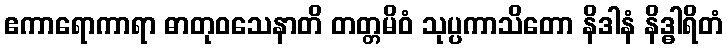
ဧကာရောကာရာ ဓာတုဝသေနာတိ တတ္တမိဝံ သုပ္ပကာသိတော နိဒါနံ နိဒ္ဓါရိတံ